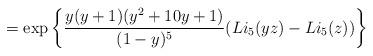
LaTeX: \begin{align*} = \exp\left\{ \frac{y (y + 1) (y^2 + 10 y + 1)}{(1-y)^5}(Li_5(yz) - Li_5(z)) \right\}\end{align*}